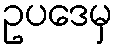
ဥပဒေမှ